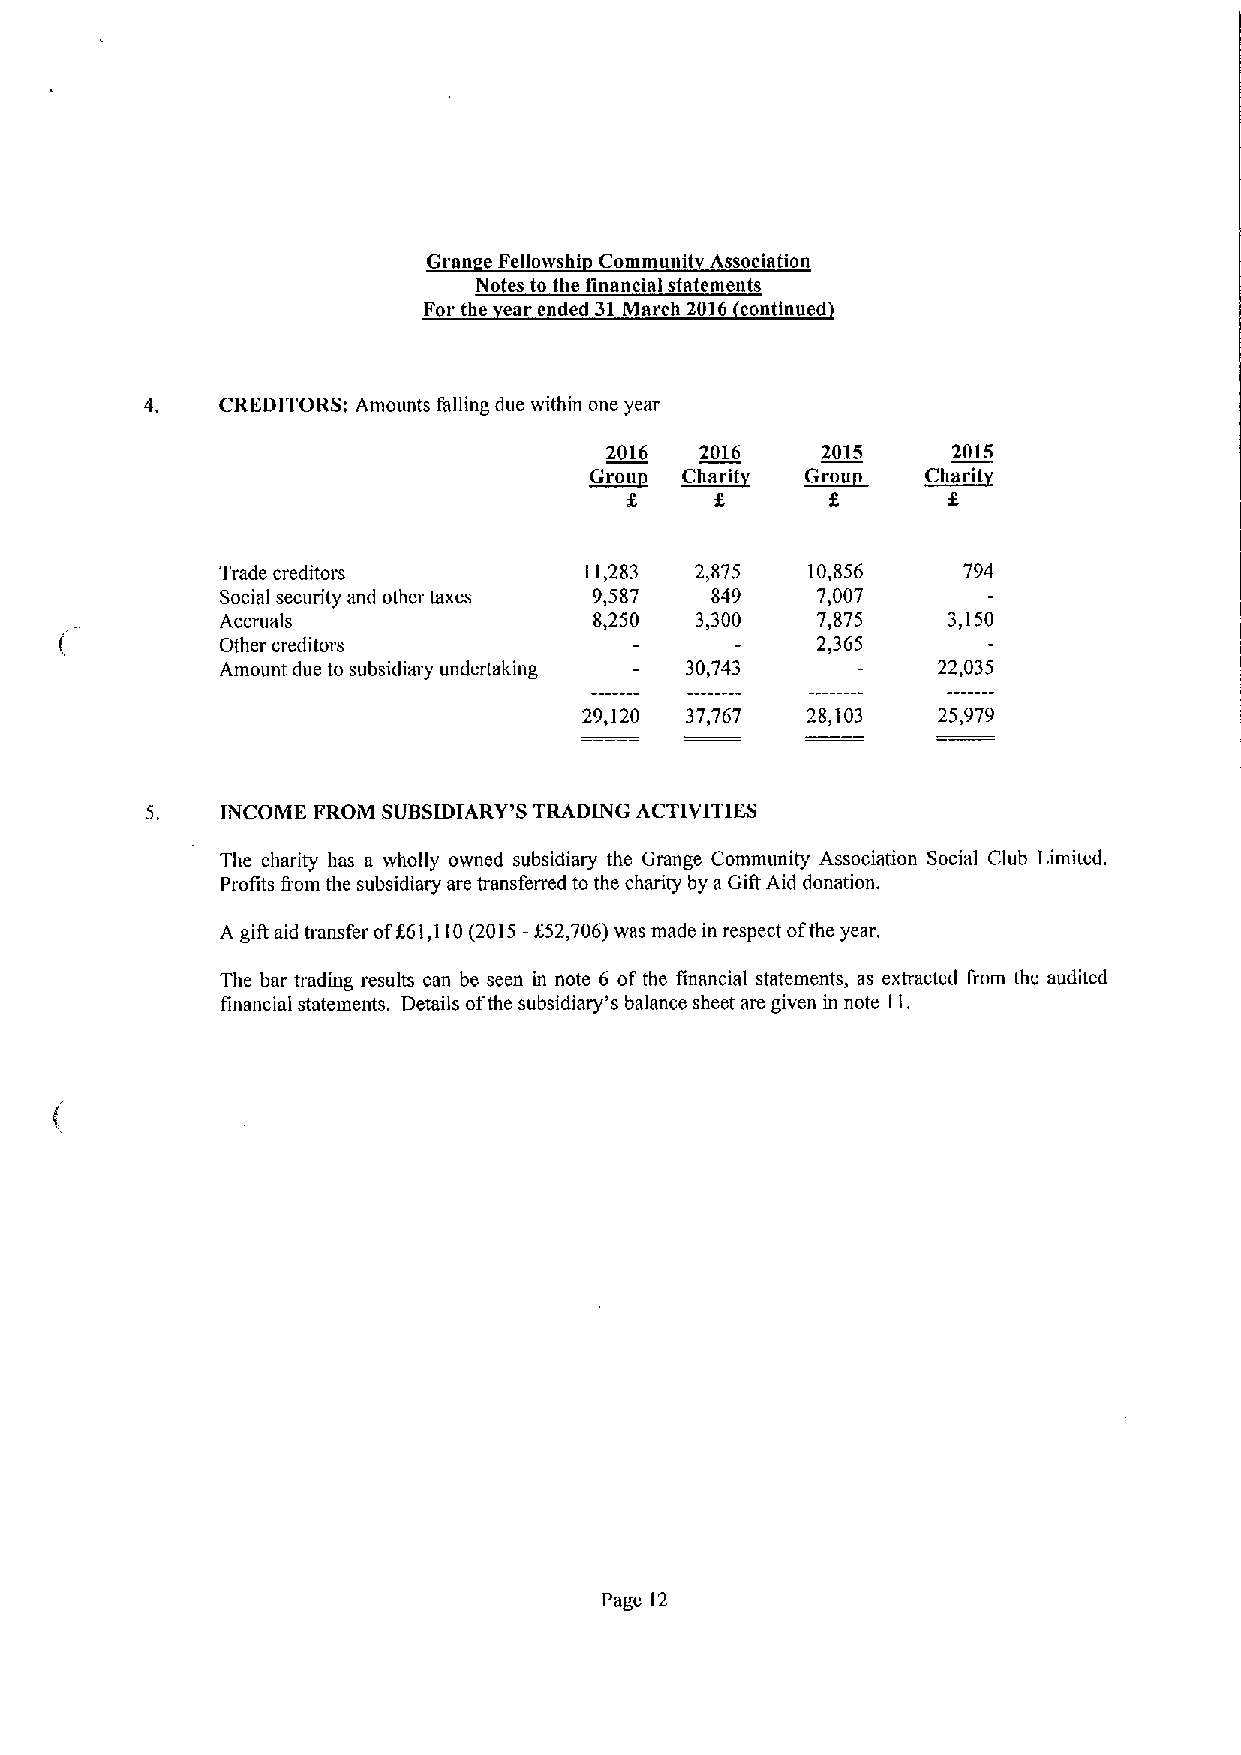
Gran eFelloivshi Communit Association
 Notes to the fin ncial statements
 For the ear ended 31March 2016 continued
 CREDITORS; Amounts falling due within one year
 2016  2016    2015     2015
 ~Grou ~Charit ~Grou   ~Charit
 f
 Trade creditors          11,283 2,875  10,856     794
 Social security and other taxes 9,587 849 7,007
 Accruals                8,250  3,300   7,875    3,150
 Other creditors                        2,365
 Amount due to subsidiaiy undertaking 30,743 —  22,035
 29,120 37,767 28,103   25,979
 INCOME FROM SUBSIDIARY'S TRADING ACTIVITIES
 The charity has a wholly owned subsidiary the Grange Community Association Social Club Limited.
 Profits &om the subsidiary are transferred to the charity by aGift Aid donation.
 A gift aid transfer ofK61,110(2015-$52,706)was made in respect ofthe year.
 The bar trading results can be seen in note 6 of the financial statements, as extracted from the audited
 financial statements. Details ofthe subsidiary's balance sheet are given in note 11.
 Page 12